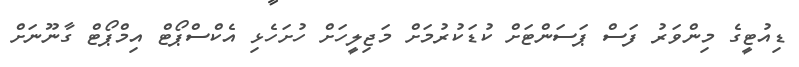
ޑިއުޓީގެ މިންވަރު ފަސް ޕަސަންޓަށް ކުޑަކުރުމަށް މަޖިލީހަށް ހުށަހެޅި އެކްސްޕޯޓް އިމްޕޯޓް ގާނޫނަށް